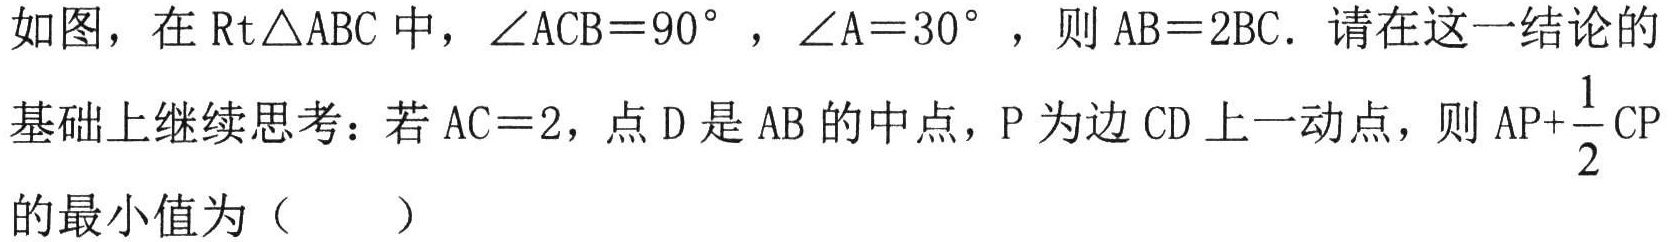
如图，在$\text{Rt}\triangle ABC$中，$\angle ACB = 90^{\circ}$，$\angle A = 30^{\circ}$，则$AB = 2BC$．请在这一结论的基础上继续思考：若$AC = 2$，点$D$是$AB$的中点，$P$为边$CD$上一动点，则$AP+\dfrac{1}{2}CP$的最小值为（  ）